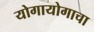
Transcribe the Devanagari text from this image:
योगायोगाचा